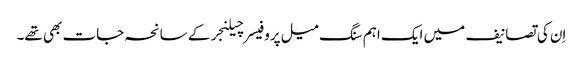
اِن کی تصانیف میں ایک اہم سنگ میل پروفیسر چیلنجر کے سانحہ جات بھی تھے۔